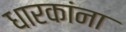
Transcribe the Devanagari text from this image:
धारकांना